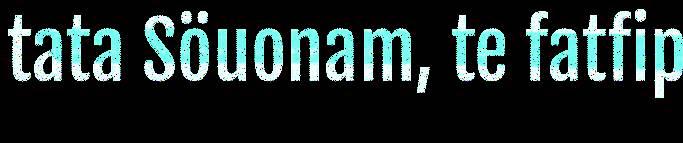
tata Söuonam, te fatfip